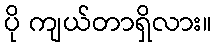
ပို ကျယ်တာရှိလား။